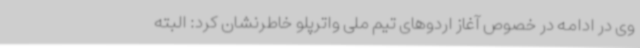
وی در ادامه در خصوص آغاز اردوهای تیم ملی واترپلو خاطرنشان کرد: البته